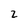
Character: 2